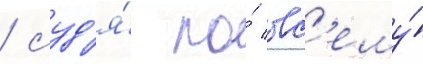
/ суд'я́ по́ вс'ему́